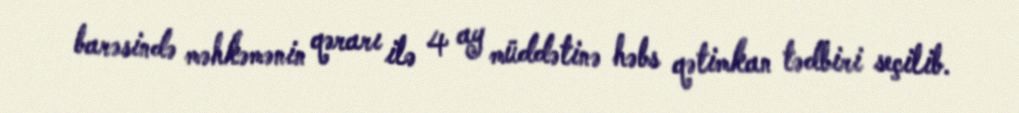
barəsində məhkəmənin qərarı ilə 4 ay müddətinə həbs qətimkan tədbiri seçilib.